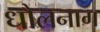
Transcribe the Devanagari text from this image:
धौलनाग